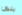
يليق